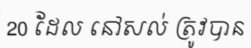
20 ដែល នៅសល់ ត្រូវបាន